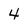
Character: 4